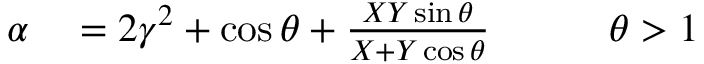
\begin{array} { r l r } { \alpha } & { { } = 2 \gamma ^ { 2 } + \cos \theta + \frac { X Y \sin \theta } { X + Y \cos \theta } \qquad } & { \theta > 1 } \end{array}